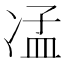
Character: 𠗠